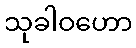
သုခါဝဟော